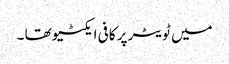
میں ٹویٹر پر کافی ایکٹیو تھا ۔